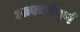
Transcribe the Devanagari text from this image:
आश्चर्यपूर्ण